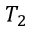
T _ { 2 }